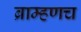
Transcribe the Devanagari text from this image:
ब्राम्हणच